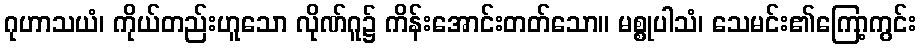
ဂုဟာသယံ၊ ကိုယ်တည်းဟူသော လိုဏ်ဂူ၌ ကိန်းအောင်းတတ်သော။ မစ္စုပါသံ၊ သေမင်း၏ကြော့ကွင်း